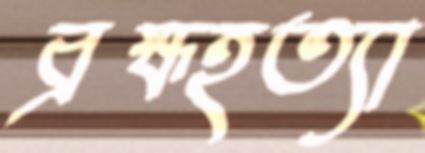
ব্রহ্মহত্যা